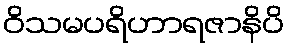
ဝိသမပရိဟာရဇာနိပိ